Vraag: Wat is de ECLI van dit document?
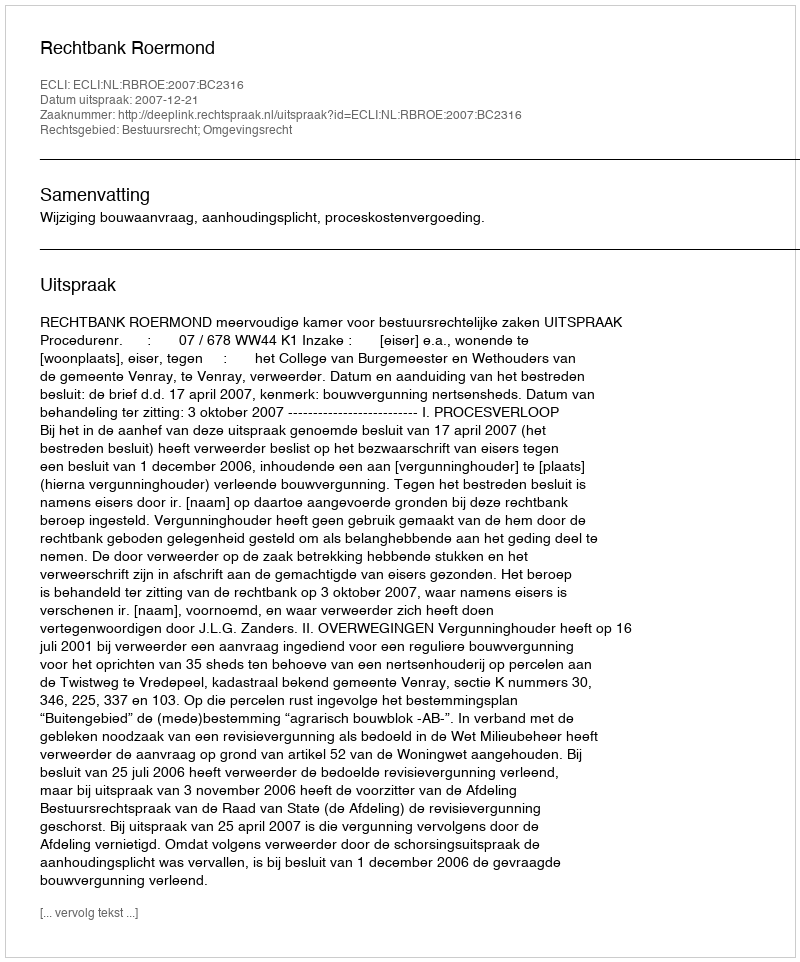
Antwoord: ECLI:NL:RBROE:2007:BC2316